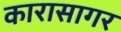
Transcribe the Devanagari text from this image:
कारासागर